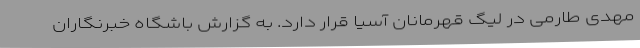
مهدی طارمی در لیگ قهرمانان آسیا قرار دارد. به گزارش باشگاه خبرنگاران